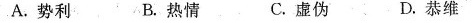
A.势利 B.热情 C.虚伪 D.恭维